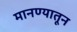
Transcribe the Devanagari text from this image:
मानण्यातून